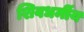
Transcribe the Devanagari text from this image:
शिवधर्मीय